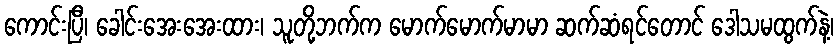
ကောင်းပြီ၊ ခေါင်းအေးအေးထား၊ သူတို့ဘက်က မောက်မောက်မာမာ ဆက်ဆံရင်တောင် ဒေါသမထွက်နဲ့၊